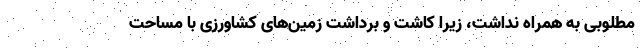
مطلوبی به همراه نداشت، زیرا کاشت و برداشت زمین‌های کشاورزی با مساحت